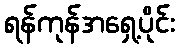
ရန်ကုန်အရှေ့ပိုင်း